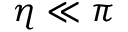
\eta \ll \pi